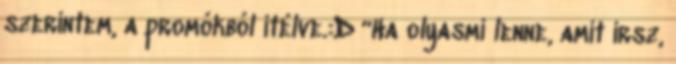
szerintem, a promókból ítélve.:D “Ha olyasmi lenne, amit írsz,